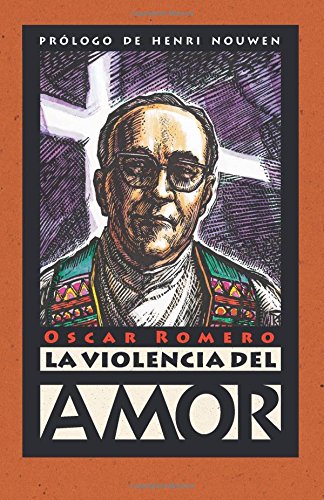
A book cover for La Violencia Del Amor  (Spanish Edition); Oscar Romero; Christian Books & Bibles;